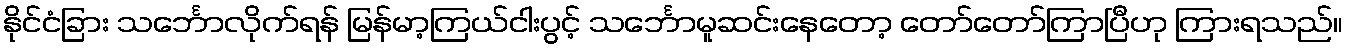
နိုင်ငံခြား သင်္ဘောလိုက်ရန် မြန်မာ့ကြယ်ငါးပွင့် သင်္ဘောမူဆင်းနေတော့ တော်တော်ကြာပြီဟု ကြားရသည်။